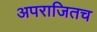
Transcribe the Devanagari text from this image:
अपराजितच